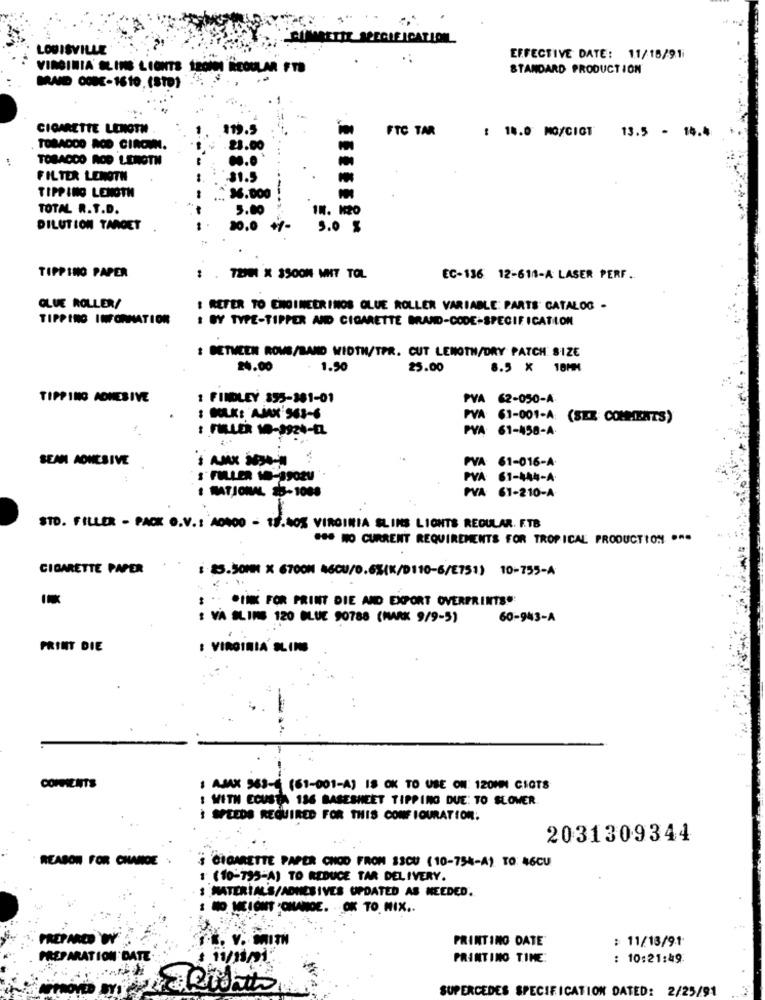
SIMRETIL MECHEICARIOIL
LOUISVILLE
EFFECTIVE DATE: 11/18/91
VIRGINIA' SLINS LIGHTS IRON REGULAR FTD
STANDARD PRODUCTION
CIGARETTE LENOTH
119.5
FTC TAR
: 18.0 MO/CIGT
13.5 - 14.4
TOBADDO ACD CIRCUN.
23.00
TOBACCO ROD LENGTH
FILTER LENGTH
31.5
TIPPING LENGTH
96.000
TOTAL R.T.D.
5.00
IN. H2O
DILUTION TARGET
10.0 +-
5.0 %
TIPPING PAPER
1 . 720 X 3500M WHT TOL
EC-136 12-611-A LASER PERF.
GLUE ROLLER/
I REFER TO ENGINEERINOS GLUE ROLLER VARIABLE: PARTS CATALOG -
TIPPING INFORMATION
I BY TYPE-TIPPER AND CIGARETTE BRAND-CODE-SPECIFICATION
: BETWEEN ROWS/BAND WIDTH/TPR. CUT LENOTH/DRY PATCH SIZE
24.00
. 1.90
25.00
8.5 × 18MM
TIPPING ADHESIVE
1 FINDLEY 895-381-01
PVA 62-050-A
: BULK: AJAK 963-6
PVA: 61-001-A: (SEZ COMMENTS)
: FILLER 10-3924-EL
PVA: 61-458-A
SEAN ADHESIVE
PVA: 61-016-A
FILLER 10-1902V
PVA 61-444-A.
# NATIONAL 25-1088
PVA: 61-210-A
STD. FILLER - PACK O.V .: A0400 - 13.40% VIRGINIA SLINS LIGHTS REGULAR. F.TB
"80 NO CURRENT REQUIREMENTS FOR TROPICAL PRODUCTION .".
CIGARETTE PAPER
: ES.SOMM X 6TOON 46CU/0.6%(K/D:10-6/2751) 10-755-A
...
: .. . INK FOR PRINT DIE AND EXPORT OVERPRINTS"
: VA SLINE 120 BLUE 90788 (MARK 9/9-5)
60-943-A
PRINT DIE
: VIRGINIA' SLINE
COMMENTS
1 AJAX 563- (61-001-A) IS OK TO USE ON 120MM CIGTS
: WITH ECUSTA 136 BASESHEET TIPPING DUE: TO SLOWER.
I SPEEDS REQUIRED FOR THIS CONFIGURATION;
2031309344
REASON FOR CHANGE
S CIGARETTE PAPER CHOD FROM 33CU (10-754-A) TO: 46CU
(10-795-A) TO REDUCE TAR DELIVERY.
MATERIAL'S/ADHESIVES UPDATED AS NEEDED.
NO MEIÓNT -ONANOE. OK TO MIX ..
PRINTING DATE
: 11/13/91
. V. WITH
PREPARATION DATE
PRINTINO TIME:
: 10:21:49:
SUPERCEDES SPECIFICATION DATED: 2/25/91